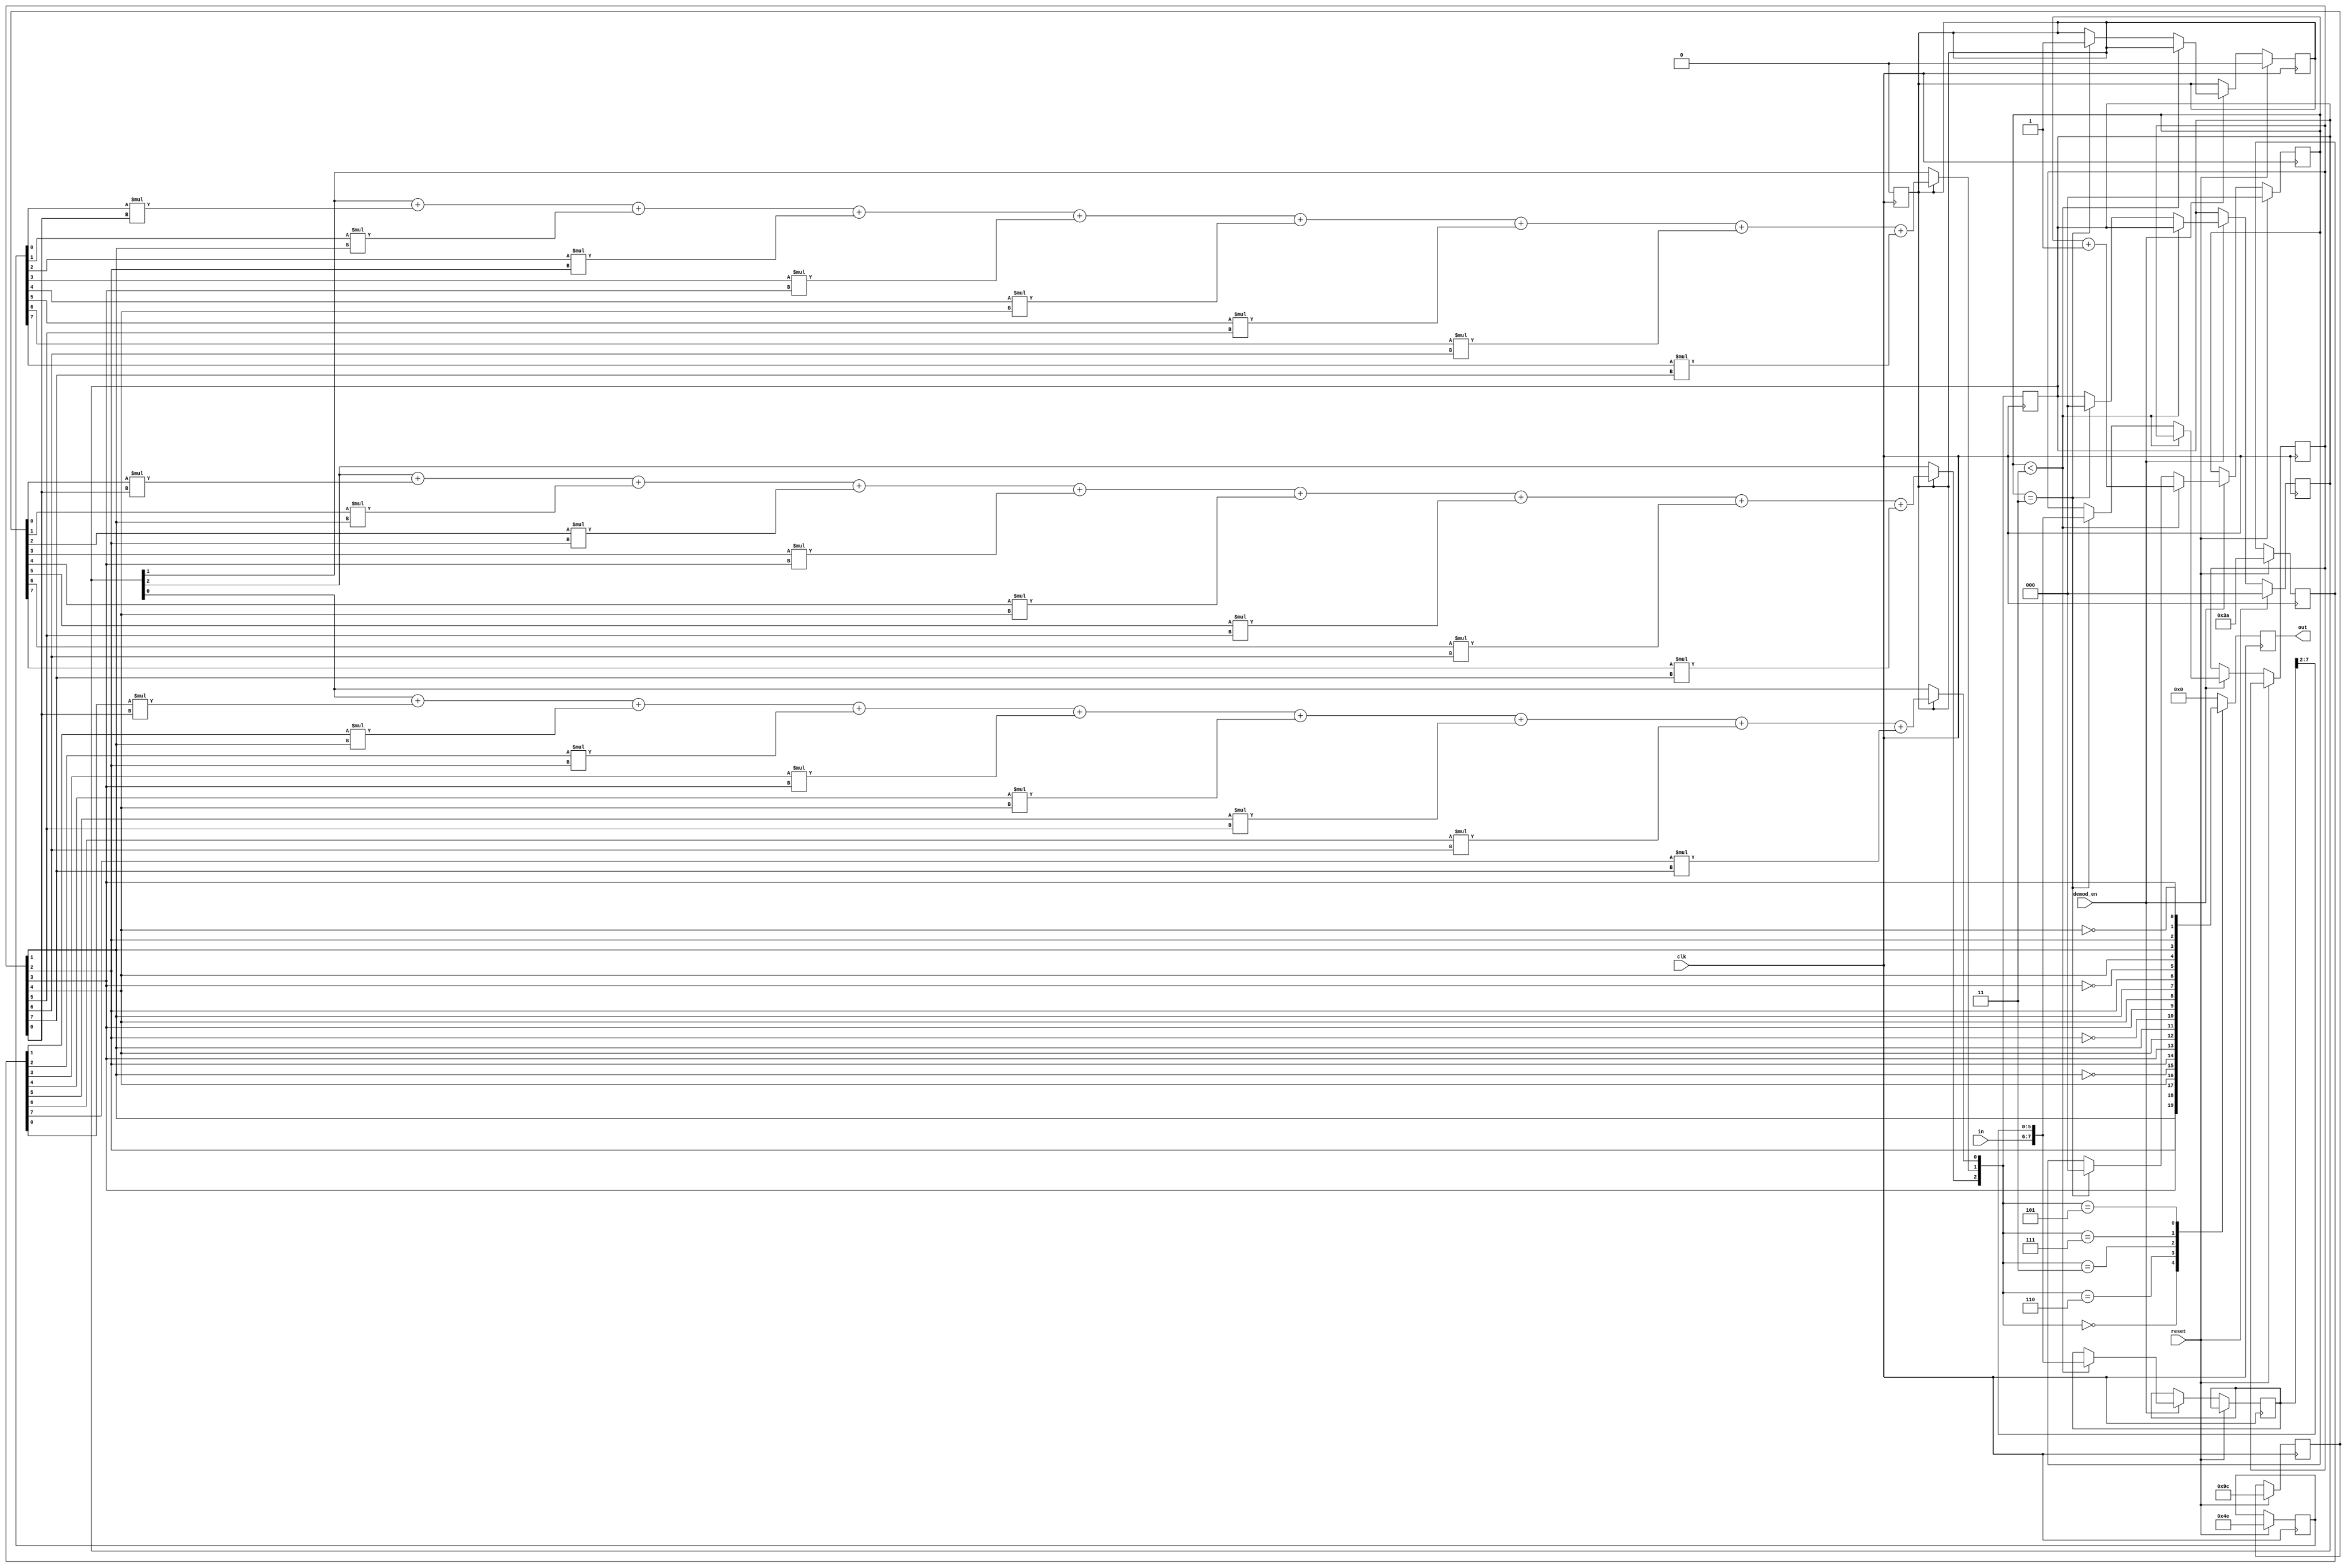
`timescale 1ns/1ps
module Decoder (clk, reset, in, demod_en, out);
    input clk;
    input reset;
    input [1:0] in;
    input demod_en;
    output reg [3:0] out;


    reg [2:0] in_count;
    reg [7:0] matrix[0:2];
    reg [7:0] in_data;
    reg [2:0] e;
    reg [7:0] data_cache;

    reg sig;

    integer i,j;


    always @(posedge clk) begin
        if (reset)
        begin
            matrix[0] <= 8'b00111010;
            matrix[1] <= 8'b01001110;
            matrix[2] <= 8'b10011100;
            sig <= 0;
            e <= 0;
            in_count <= 0;
        end
        else if (demod_en)
        begin
            if (in_count < 3'b011)
            begin
                in_data <= {in, in_data[7:2]};
                in_count <= in_count + 1;
            end
            else if (in_count == 3'b011)
            begin
                data_cache <= {in, in_data[7:2]};
                sig <= 1;
                in_count <= 0;
                e <= 0;
            end
        end
    end

    always @(posedge clk) begin
        if (sig)
        begin
            for (i = 0;i<3 ;i=i+1 ) begin
                for (j = 0;j < 8 ;j=j+1 ) begin
                    e[i] = e[i] + matrix[i][j]*data_cache[j];
                end
            end

            

            sig <= 0;

        end

        case (e)
                3'b000: out <= {data_cache[1], data_cache[2], data_cache[3], data_cache[4]};
                3'b110: out <= {~data_cache[1], data_cache[2], data_cache[3], data_cache[4]};
                3'b011: out <= {data_cache[1], ~data_cache[2], data_cache[3], data_cache[4]};
                3'b111: out <= {data_cache[1], data_cache[2], ~data_cache[3], data_cache[4]};
                3'b101: out <= {data_cache[1], data_cache[2], data_cache[3], ~data_cache[4]};
                default: out <= 4'b0000;
        endcase

    end
    
endmodule